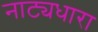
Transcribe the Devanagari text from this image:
नाट्यधारा